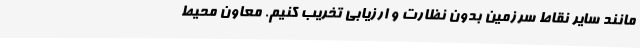
مانند سایر نقاط سرزمین بدون نظارت و ارزیابی تخریب کنیم. معاون محیط